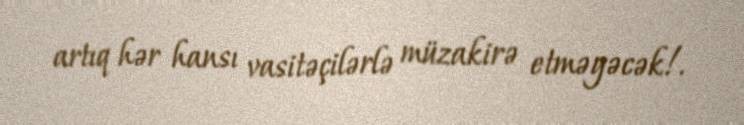
artıq hər hansı vasitəçilərlə müzakirə etməyəcək!.